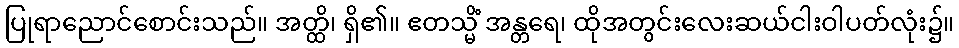
ပြုရာညောင်စောင်းသည်။ အတ္ထိ၊ ရှိ၏။ ဧတသ္မိံ အန္တရေ၊ ထိုအတွင်းလေးဆယ်ငါးဝါပတ်လုံး၌။